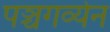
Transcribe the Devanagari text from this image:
पञ्चगव्येन